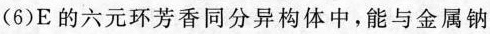
(6)E的六元环芳香同分异构体中，能与金属钠